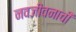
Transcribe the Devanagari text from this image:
नवजीवनाची